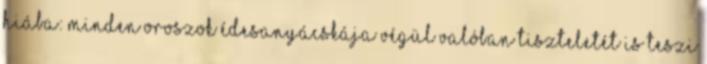
hiába: minden oroszok édesanyácskája végül valóban tiszteletét is teszi